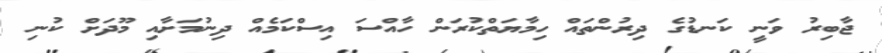
ޖާބިރު ވަނީ ކަނޑުގެ ދިރުންތައް ހިމާޔަތްކުރަން ހާއްސަ އިސްކަމެއް ދިނުމަށާއި މޫދަށް ކުނި